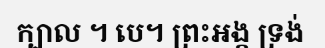
ក្បាល ។ បេ។ ព្រះអង្គ ទ្រង់